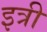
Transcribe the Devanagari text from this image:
इत्री